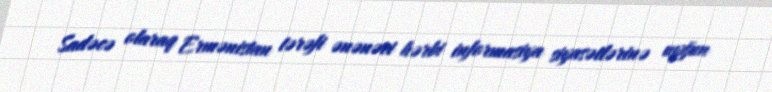
Sadəcə olaraq Ermənistan tərəfi ənənəvi hərbi informasiya siyasətlərinə uyğun